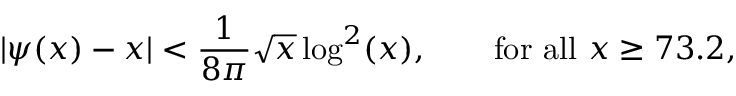
| \psi ( x ) - x | < { \frac { 1 } { 8 \pi } } { \sqrt { x } } \log ^ { 2 } ( x ) , \qquad { \mathrm { f o r ~ a l l ~ } } x \geq 7 3 . 2 ,